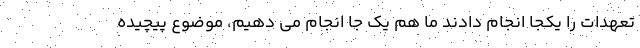
تعهدات را یکجا انجام دادند ما هم یک جا انجام می دهیم، موضوع پیچیده